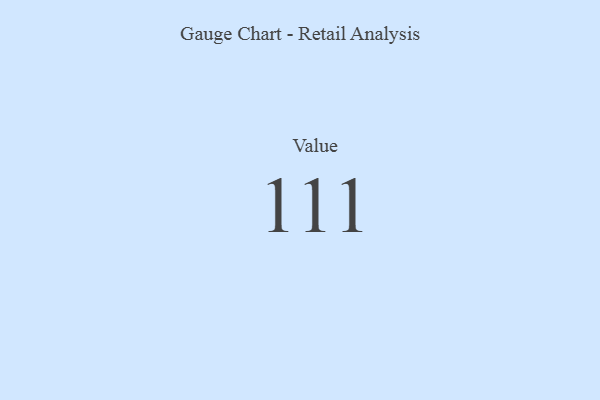
{"axis": {"x": "Metric", "y": "Value"}, "legend": [""], "data": [{"x": "Value", "y": 111, "type": ""}]}